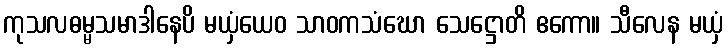
ကုသလဓမ္မသမာဒါနေပိ မယှံယေဝ သာဝကသံဃော သေဋ္ဌောတိ ဧကော။ သီလေန မယှံ